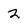
Character: 2